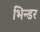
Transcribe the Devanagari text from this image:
भिन्डर